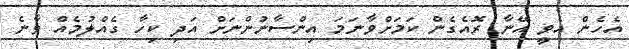
އެހެން އެވީ އޭނާ ރޮއެގެން ކަމަށްވާނަމަ އިންސާނުންނަށް އަދި ކިހާ ގެއްލުމެއް ވާނެ